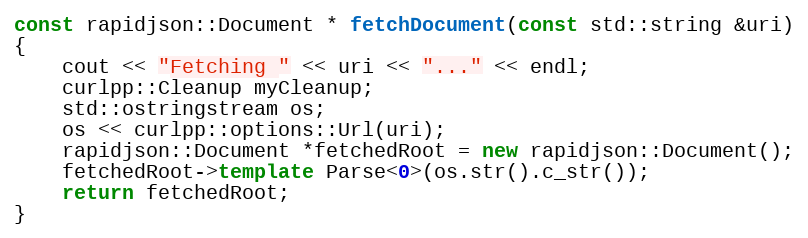
Language: C++
const rapidjson::Document * fetchDocument(const std::string &uri)
{
    cout << "Fetching " << uri << "..." << endl;
    curlpp::Cleanup myCleanup;
    std::ostringstream os;
    os << curlpp::options::Url(uri);
    rapidjson::Document *fetchedRoot = new rapidjson::Document();
    fetchedRoot->template Parse<0>(os.str().c_str());
    return fetchedRoot;
}